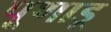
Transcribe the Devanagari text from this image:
पूणाडू